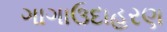
ગાગાઉદાહરણ